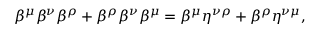
\beta ^ { \mu } \beta ^ { \nu } \beta ^ { \rho } + \beta ^ { \rho } \beta ^ { \nu } \beta ^ { \mu } = \beta ^ { \mu } \eta ^ { \nu \rho } + \beta ^ { \rho } \eta ^ { \nu \mu } ,